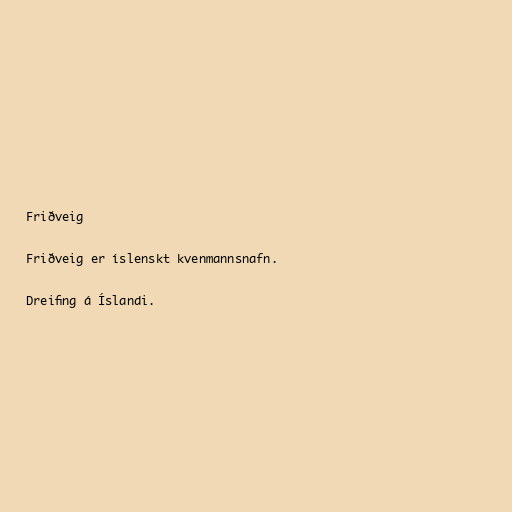
Friðveig

Friðveig er íslenskt kvenmannsnafn.

Dreifing á Íslandi.